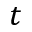
t